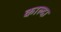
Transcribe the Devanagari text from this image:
काल्दा